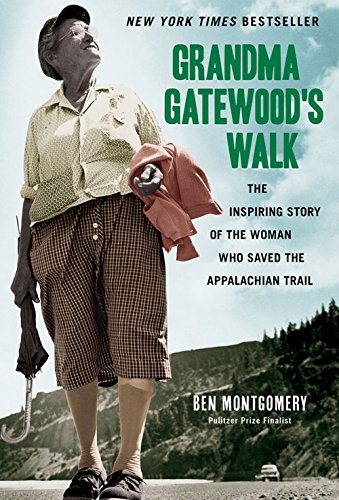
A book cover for Grandma Gatewood's Walk: The Inspiring Story of the Woman Who Saved the Appalachian Trail; Ben Montgomery; Science & Math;